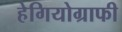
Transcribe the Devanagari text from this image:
हेगियोग्राफी